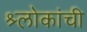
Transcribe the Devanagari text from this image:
श्र्लोकांची